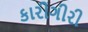
કારીગીરી